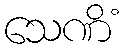
သေဏိံ